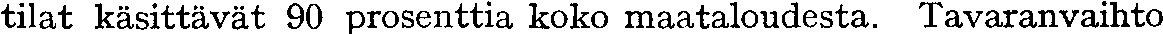
tilat käsittävät 90 prosenttia koko maataloudesta. Tavaranvaihto